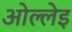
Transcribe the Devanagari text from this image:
ओल्लेइ